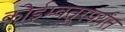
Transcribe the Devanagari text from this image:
कोईम्बतूरपर्यंत